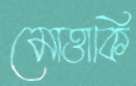
মোত্তাকি